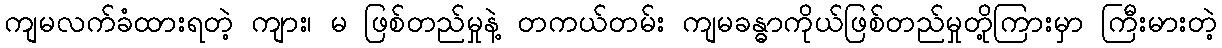
ကျမလက်ခံထားရတဲ့ ကျား၊ မ ဖြစ်တည်မှုနဲ့ တကယ်တမ်း ကျမခန္ဓာကိုယ်ဖြစ်တည်မှုတို့ကြားမှာ ကြီးမားတဲ့